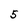
Character: 5